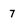
Character: 7